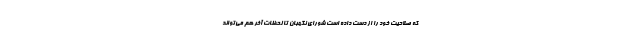
که صلاحیت خود را از دست داده است شورای نگهبان تا لحظات آخر هم می‌تواند